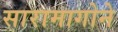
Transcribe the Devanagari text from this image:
सारामागोने